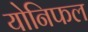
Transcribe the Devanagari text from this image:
योनिफल